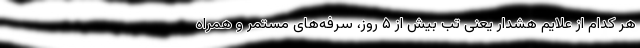
هر کدام از علایم هشدار یعنی تب بیش از ۵ روز، سرفه‌های مستمر و همراه